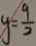
y = \frac { 9 } { 2 }